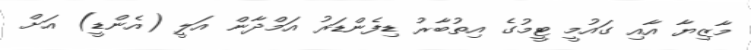
މާޒިޔާ އާއި ގައުމީ ޓީމުގެ އިތުބާރު ޑިފެންޑަރު އަމްދާން އަލީ (އެންޑީ) އަށް